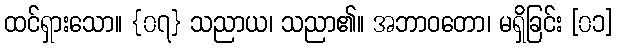
ထင်ရှားသော။ {၀၇} သညာယ၊ သညာ၏။ အဘာဝတော၊ မရှိခြင်း [၀၁]